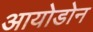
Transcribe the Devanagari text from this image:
आयोडोन